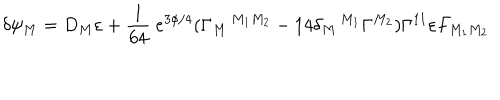
\delta \psi _ { M } = D _ { M } \varepsilon + { \frac { 1 } { 6 4 } } ~ e ^ { 3 \phi / 4 } ( \Gamma _ { M } \, ^ { M _ { 1 } M _ { 2 } } - 1 4 \delta _ { M } \, ^ { M _ { 1 } } \Gamma ^ { M _ { 2 } } ) \Gamma ^ { 1 1 } \varepsilon F _ { M _ { 1 } M _ { 2 } }